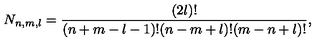
N _ { n , m , l } = \frac { ( 2 l ) ! } { ( n + m - l - 1 ) ! ( n - m + l ) ! ( m - n + l ) ! } ,